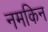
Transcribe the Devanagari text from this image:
नमकिन